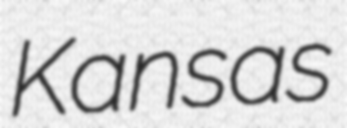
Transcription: Kansas